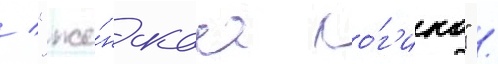
/ "же́нскаа ло́г'ика" /